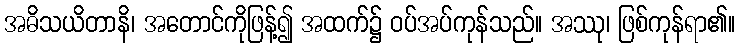
အဓိသယိတာနိ၊ အတောင်ကိုဖြန့်၍ အထက်၌ ဝပ်အပ်ကုန်သည်။ အဿု၊ ဖြစ်ကုန်ရာ၏။